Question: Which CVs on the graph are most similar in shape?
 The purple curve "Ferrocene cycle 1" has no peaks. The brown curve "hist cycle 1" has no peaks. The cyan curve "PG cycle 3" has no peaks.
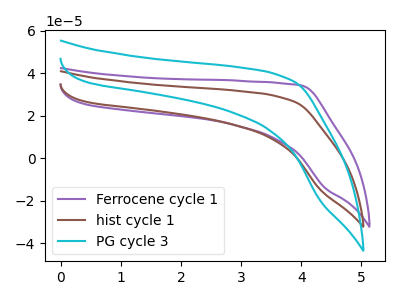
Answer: <think>Neither "Ferrocene cycle 1" or "hist cycle 1" have any peaks. Neither "Ferrocene cycle 1" or "PG cycle 3" have any peaks. Neither "hist cycle 1" or "PG cycle 3" have any peaks.
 </think>
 <answer>"hist cycle 1", "Ferrocene cycle 1" and "PG cycle 3" have the same shape and are likely CV's of the same chemical.</answer>
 <eval>"hist cycle 1" "Ferrocene cycle 1" "PG cycle 3"</eval>